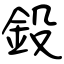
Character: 鈠